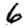
Digit: 6